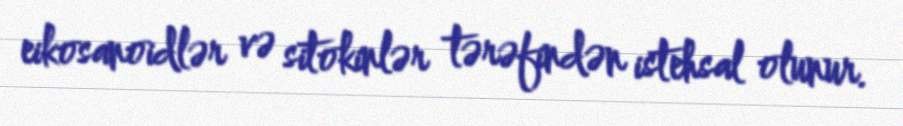
eikosanoidlər və sitokinlər tərəfindən istehsal olunur.